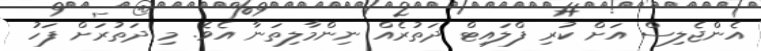
އެންޖެލިސް އަށް ކުރި ފްލައިޓް ދަތުރެއް ނިންމާލިތަނާ އެވެ. މި ދަތުރަށް ފަހު